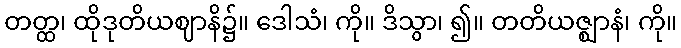
တတ္ထ၊ ထိုဒုတိယဈာနိ၌။ ဒေါသံ၊ ကို။ ဒိသွာ၊ ၍။ တတိယဇ္ဈာနံ၊ ကို။